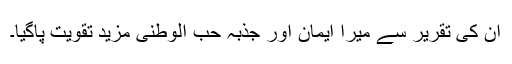
ان کی تقریر سے میرا ایمان اور جذبہ حب الوطنی مزید تقویت پاگیا۔